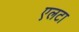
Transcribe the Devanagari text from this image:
एलटा